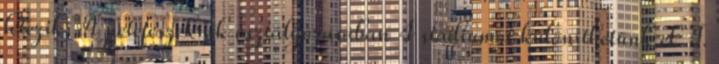
létezik. A petefészekrák osztályozásában 4 stádiumot különíthetünk el. I.